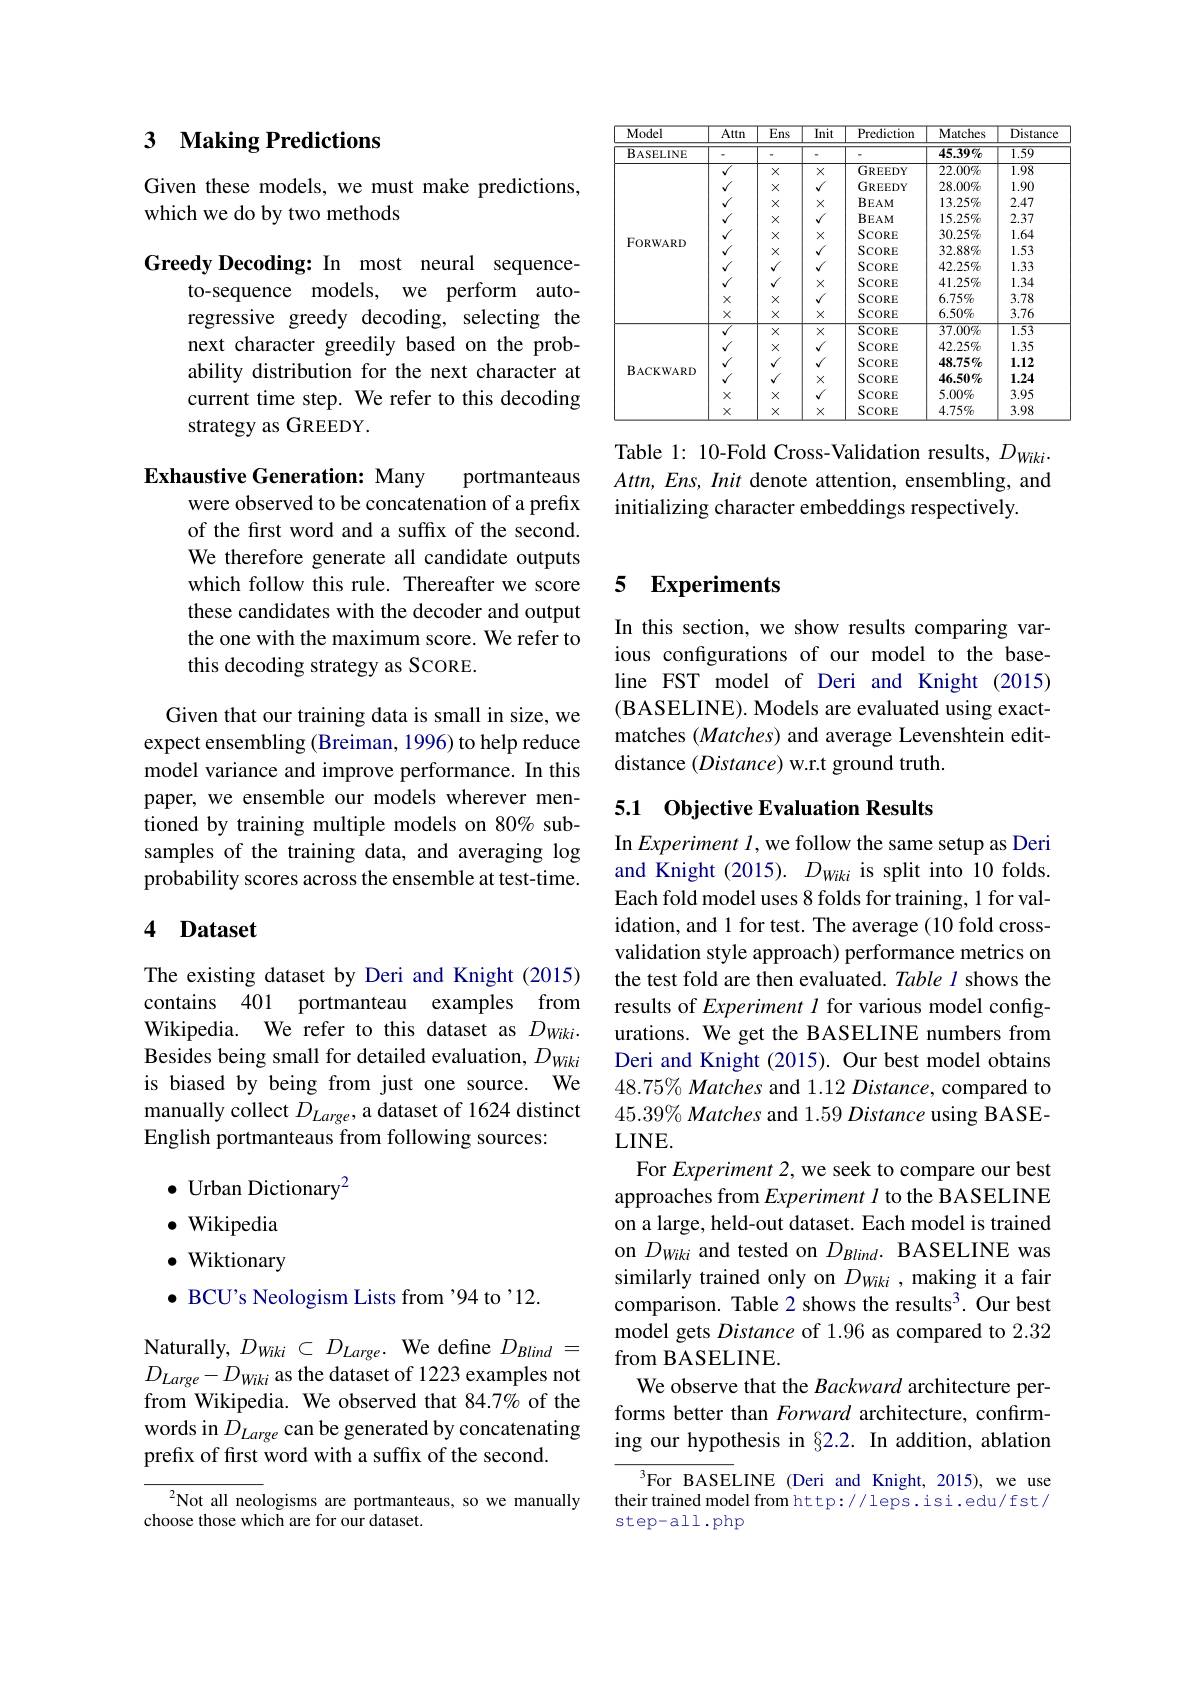
<table>
	<tbody>
		<tr>
			<th>Model</th>
			<th>Attn</th>
			<th>Ens</th>
			<th>$\overline{\mathrm{Init}}$</th>
			<th>Prediction</th>
			<th>Matches</th>
			<th>$\overline{{\mathrm{Distance}}}$</th>
		</tr>
		<tr>
			<td rowspan="12">$\mathbf{B}_{ASELINE}$</td>
			<td> </td>
			<td> </td>
			<td> </td>
			<td> </td>
			<td>$\overline{{\mathrm{Model}}}$</td>
			<td>$45.39\%$</td>
		</tr>
		<tr>
			<td>1.59</td>
			<td>$al$</td>
			<td>$X$</td>
			<td>$x$</td>
			<td>GREEDY</td>
			<td>$22.00\%$</td>
		</tr>
		<tr>
			<td>1.98</td>
			<td>11</td>
			<td>$X$</td>
			<td>$J$</td>
			<td>GREEDY</td>
			<td>$28.00\%$</td>
		</tr>
		<tr>
			<td>1.90</td>
			<td>$\sqrt{1}$</td>
			<td>$X$</td>
			<td>$X$</td>
			<td>$BEAM$</td>
			<td>$13.25\%$</td>
		</tr>
		<tr>
			<td>2.47</td>
			<td>$√$</td>
			<td>$X$</td>
			<td>$J$</td>
			<td>$BEAM$</td>
			<td>$15.25\%$</td>
		</tr>
		<tr>
			<td>2.37</td>
			<td>$√$</td>
			<td>$X$</td>
			<td>$x$</td>
			<td>SCORE</td>
			<td>$30.25\%$</td>
		</tr>
		<tr>
			<td>1.64</td>
			<td>$√$</td>
			<td>$X$</td>
			<td>$J$</td>
			<td>SCORE</td>
			<td>$32.88\%$</td>
		</tr>
		<tr>
			<td>1.53</td>
			<td>/</td>
			<td>1</td>
			<td>1</td>
			<td>SCORE</td>
			<td>$42.25\%$</td>
		</tr>
		<tr>
			<td>1.33</td>
			<td>11</td>
			<td>$J$</td>
			<td>$x$</td>
			<td>SCORE</td>
			<td>$41.25\%$</td>
		</tr>
		<tr>
			<td>1.34</td>
			<td>X</td>
			<td>$X$</td>
			<td>1</td>
			<td>SCORE</td>
			<td>$6.75\%$</td>
		</tr>
		<tr>
			<td>3.78</td>
			<td>$X$</td>
			<td>$X$</td>
			<td>$x$</td>
			<td>SCORE</td>
			<td>$6.50\%$</td>
		</tr>
		<tr>
			<td>3.76</td>
			<td>$X$</td>
			<td>$X$</td>
			<td>SCORE</td>
			<td>$37.00\%$</td>
			<td>1.53</td>
		</tr>
		<tr>
			<td rowspan="5">$BACKWARD$</td>
			<td>$√$</td>
			<td>$X$</td>
			<td>$J$</td>
			<td>SCORE</td>
			<td>$42.25\%$</td>
			<td>1.35</td>
		</tr>
		<tr>
			<td>$√$</td>
			<td>1</td>
			<td>$J$</td>
			<td>SCORE</td>
			<td>$48.75\%$</td>
			<td>1.12</td>
		</tr>
		<tr>
			<td>$√$</td>
			<td>1</td>
			<td>$x$</td>
			<td>SCORE</td>
			<td>$46.50\%$</td>
			<td>1.24</td>
		</tr>
		<tr>
			<td>$X$</td>
			<td>$X$</td>
			<td>$J$</td>
			<td>SCORE</td>
			<td>$5.00\%$</td>
			<td>3.95</td>
		</tr>
		<tr>
			<td>$X$</td>
			<td>$X$</td>
			<td>$x$</td>
			<td>SCORE</td>
			<td>$4.75\%$</td>
			<td>3.98</td>
		</tr>
	</tbody>
</table>

Table 1: 10-Fold Cross-Validation results, $D_{Wiki}.$ $Attn,Ens,Init$ denote attention, ensembling, and initializing character embeddings respectively.

## 3 Making Predictions

Given these models, we must make predictions,
which we do by two methods

Greedy Decoding: In most neural sequence-
to-sequence models, we perform autoregressive greedy decoding, selecting the next character greedily based on the probability distribution for the next character at current time step. We refer to this decoding strategy as GREEDY.

## Exhaustive Generation: Many

portmanteaus
were observed to be concatenation of a prefix of the first word and a suffix of the second. We therefore generate all candidate outputs which follow this rule. Thereafter we score these candidates with the decoder and output the one with the maximum score. We refer to this decoding strategy as SCORE.

Given that our training data is small in size, we expect ensembling (Breiman, 1996) to help reduce model variance and improve performance. In this paper, we ensemble our models wherever mentioned by training multiple models on 80% subsamples of the training data, and averaging log probability scores across the ensemble at test-time.

### 4 Dataset

The existing dataset by Deri and Knight (2015) contains 401 portmanteau examples from Wikipedia. We refer to this dataset as $D_{Wiki}.$ Besides being small for detailed evaluation, $D_{Wiki}$ is biased by being from just one source. We manually collect $D_{Large}$, a dataset of 1624 distinct English portmanteaus from following sources:

$\bullet$ Urban Dictionary$^2$
$\bullet$ Wikipedia · Wiktionary $\bullet$ BCU's Neologism Lists from ’94 to’12.
Naturally, $D_{Wiki}\subset D_{Large.}$ We define $D_{Blind}=$ $D_{Large}-D_{Wiki}$ as the dataset of 1223 examples not from Wikipedia. We observed that 84.7% of the words in $D_Large$ can be generated by concatenating prefix of first word with a suffix of the second.

${^{2}\text{Not all neo}}$logisms are portmanteaus, so we manually
choose those which are for our dataset.

## 5 Experiments

In this section, we show results comparing various configurations of our model to the baseline FST model of Deri and Knight (2015) (BASELINE). Models are evaluated using exactmatches $(Matches)$ and average Levenshtein editdistance $(Distance)$ w.r.t ground truth.

## 5.1 Objective Evaluation Results

In Experiment $l$,we follow the same setup as Deri and Knight (2015). $D_{Wiki}$ is split into 10 folds. Each fold model uses 8 folds for training, 1 for validation, and 1 for test. The average (10 fold crossvalidation style approach) performance metrics on the test fold are then evaluated. Table 1 shows the results of Experiment l for various model configurations. We get the BASELINE numbers from Deri and Knight (2015). Our best model obtains $48.75\%Matches$ and 1.12 Distance, compared to $45. 39\% \textit{Matches and 1. 59 Distance using BASE- }$ $LINE.$
For Experiment 2, we seek to compare our best approaches from Experiment l to the BASELINE on a large, held-out dataset. Each model is trained on $D_{Wiki}$ and tested on $D_{Blind}.$ BASELINE was similarly trained only on $D_{Wiki}$ , making it a fair comparison. Table 2 shows the results$^3.$ Our best model gets Distance of 1.96 as compared to 2.32 from BASELINE.
We observe that the Backward architecture performs better than Forward architecture, confirming our hypothesis in §2.2. In addition, ablation
$^3$For BASELINE (Deri and Knight, 2015), we use

their trained model from http://leps.isi.edu/fst/
step-all.php